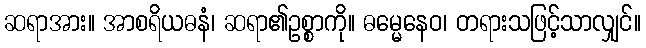
ဆရာအား။ အာစရိယဓနံ၊ ဆရာ၏ဥစ္စာကို။ ဓမ္မေနေဝ၊ တရားသဖြင့်သာလျှင်။